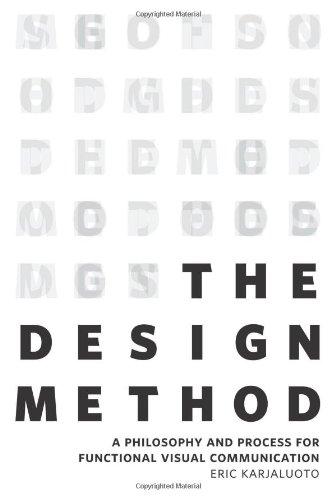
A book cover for The Design Method: A Philosophy and Process for Functional Visual Communication (Voices That Matter); Eric Karjaluoto; Computers & Technology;